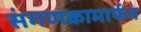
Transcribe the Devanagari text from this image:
संगणकामार्फत